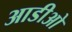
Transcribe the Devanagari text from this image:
आडीओ